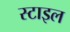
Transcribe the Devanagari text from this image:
स्‍टाइल